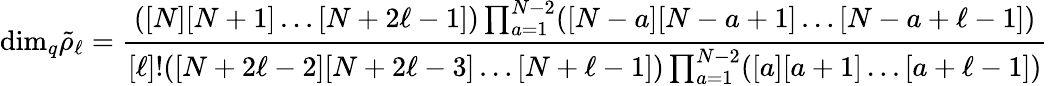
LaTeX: \mathrm{dim}_{q}{\tilde{\rho}}_{\ell}={\frac{([N][N+1]\ldots[N+2\ell-1])\prod_{a=1}^{N-2}([N-a][N-a+1]\ldots[N-a+\ell-1])}{[\ell]!([N+2\ell-2][N+2\ell-3]\ldots[N+\ell-1])\prod_{a=1}^{N-2}([a][a+1]\ldots[a+\ell-1])}}